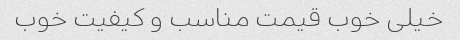
خیلی خوب قیمت مناسب و کیفیت خوب